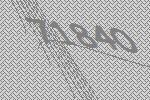
71840